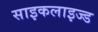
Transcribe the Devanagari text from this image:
साइकलाइज्ड